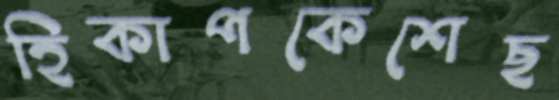
হিকাপকেশেছ